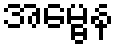
အမ္ဗေန